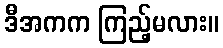
ဒီအကက ကြည့်မလား။